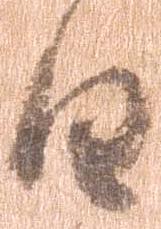
日